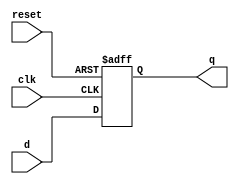
module PIPO_shift_reg(
  input clk,//clock input
  input reset,
  input [7:0] d,//parallel input
  output reg [7:0] q//parallel output
);
  always@(posedge clk,posedge reset)
    begin
      if(reset)
        q=8'h0;
      else
        q=d;
    end
endmodule